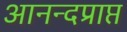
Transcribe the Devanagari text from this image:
आनन्दप्राप्त